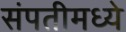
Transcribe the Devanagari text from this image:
संपतीमध्ये